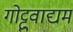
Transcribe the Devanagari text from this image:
गोट्टुवाद्यम